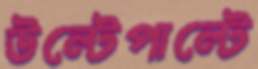
উল্টেপাল্টে